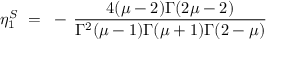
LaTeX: \eta _ { 1 } ^ { S } ~ = ~ - \, \frac { 4 ( \mu - 2 ) \Gamma ( 2 \mu - 2 ) } { \Gamma ^ { 2 } ( \mu - 1 ) \Gamma ( \mu + 1 ) \Gamma ( 2 - \mu ) }